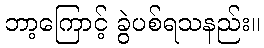
ဘာ့ကြောင့် ခွဲပစ်ရသနည်း။